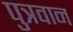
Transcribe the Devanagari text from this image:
पुत्रवान